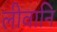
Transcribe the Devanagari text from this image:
लीवानि